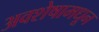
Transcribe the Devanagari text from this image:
अवशेषामधून